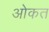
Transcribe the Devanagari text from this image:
ओकत